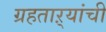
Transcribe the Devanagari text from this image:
ग्रहताऱ्यांची